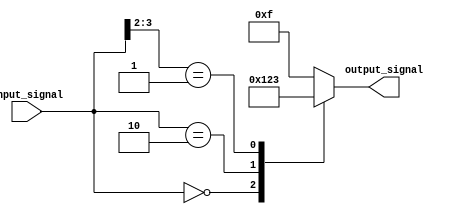
module casez_example(
    input [3:0] input_signal,
    output reg [3:0] output_signal
);

always @(input_signal)
begin
    casez(input_signal)
        4'b0000: output_signal = 4'b0001;
        4'b0010: output_signal = 4'b0010;
        4'b01??: output_signal = 4'b0011;
        default: output_signal = 4'b1111;
    endcase
end

endmodule